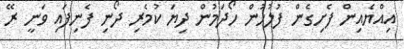
އިއްޔެއިން ފެށިގެން ފުލުހުން ހޯދަމުން ދިޔަ ކުމެރި ދޯނި ފެނިފައި ވަނީ ރޭ